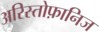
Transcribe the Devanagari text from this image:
अरिस्तोफ़ानिज